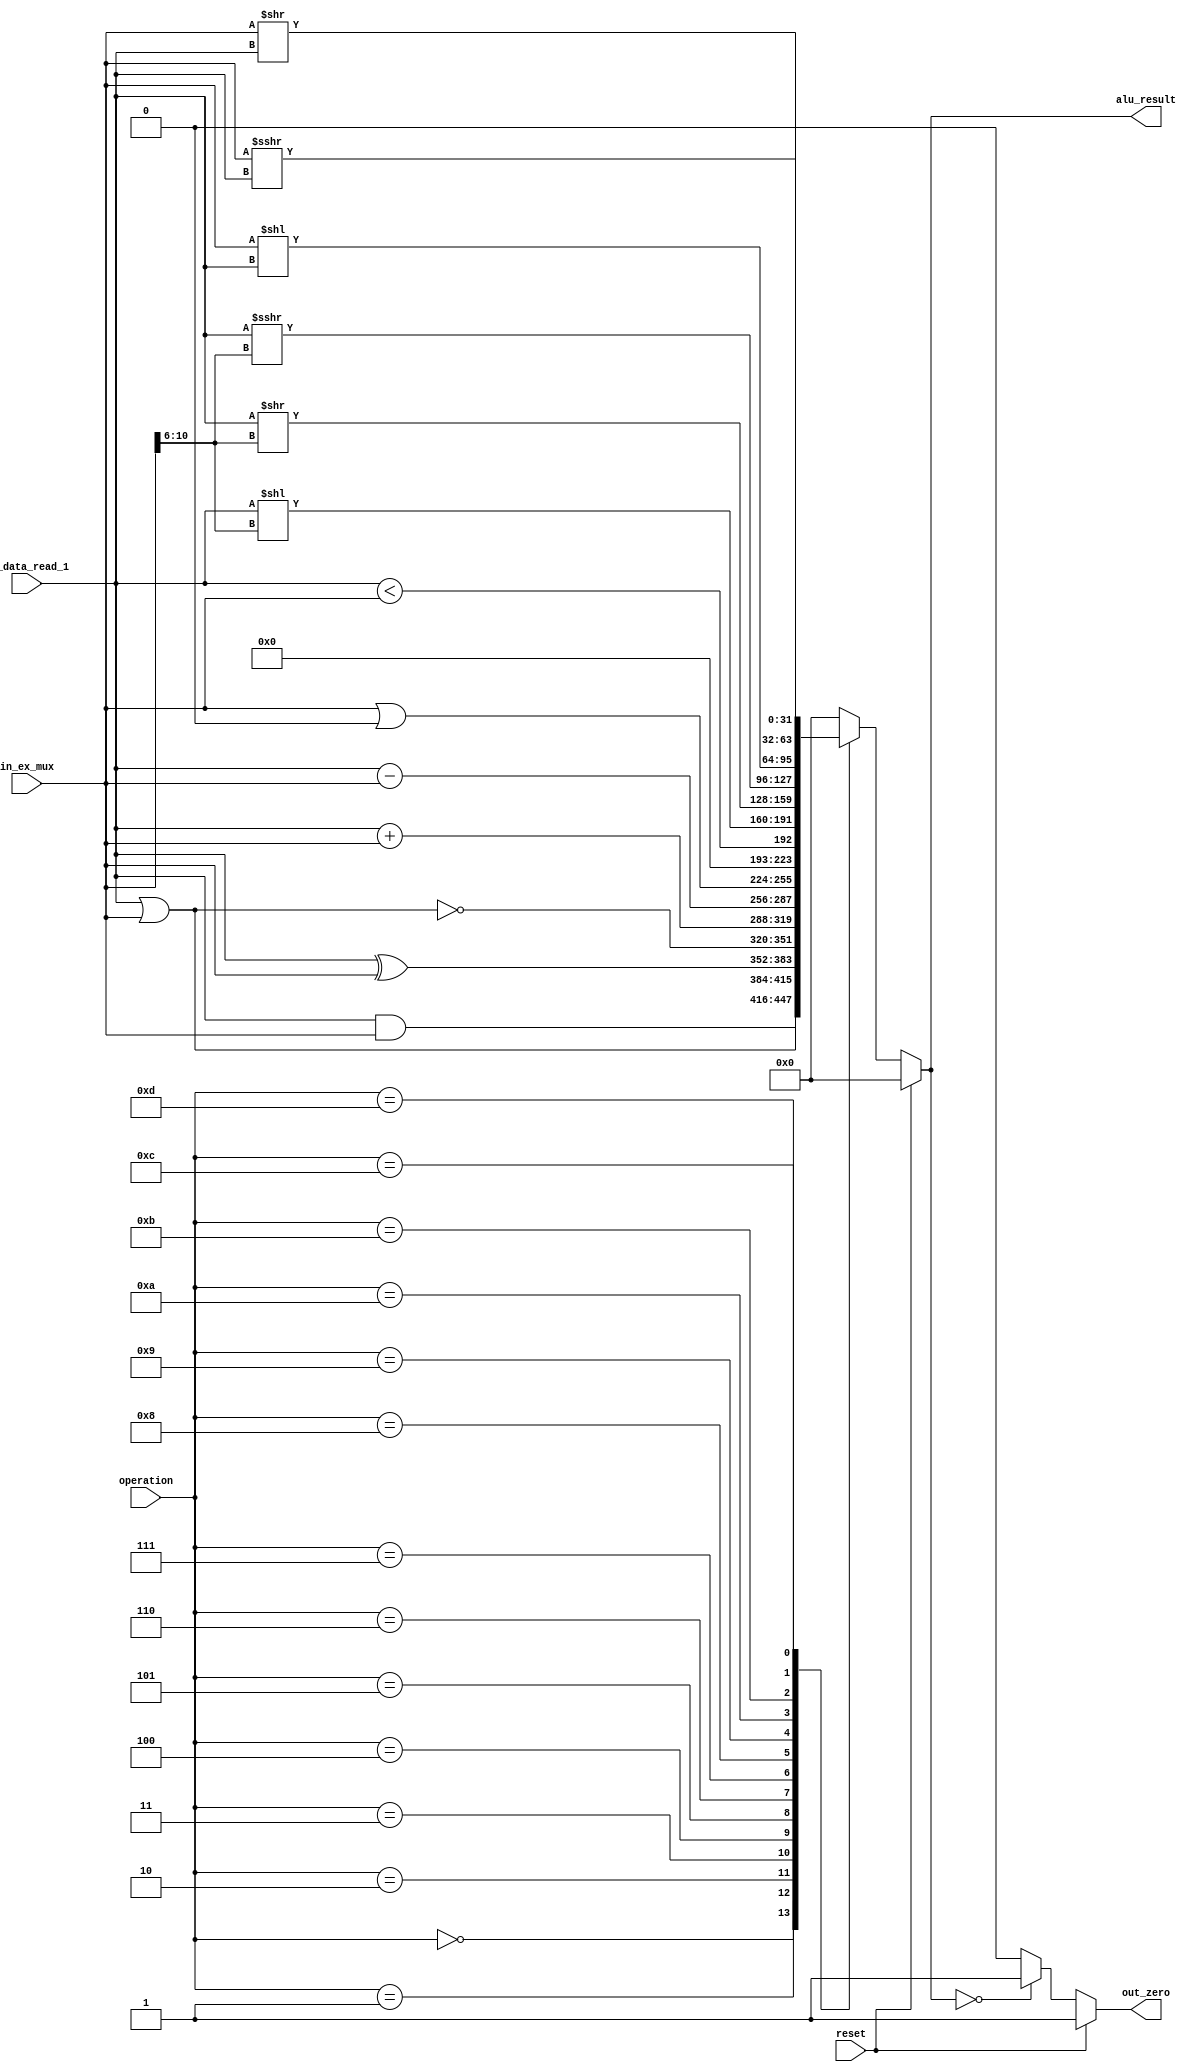
`timescale 1ns / 1ps

module ALU(
    //INPUTS
    input wire reset,
    input wire [31:0] in_data_read_1,
    input wire [31:0] in_ex_mux,
    input wire [3:0] operation,
    //OUTPUTS
    output wire out_zero,
    output wire [31:0] alu_result
    );
    
    reg [31:0] result;
    reg zero;
    
    parameter [3:0] AND =   4'b0000;
    parameter [3:0] OR =    4'b0001;
    parameter [3:0] XOR =   4'b0010;
    parameter [3:0] NOR =   4'b0011;
    parameter [3:0] ADD =   4'b0100;
    parameter [3:0] SUB =   4'b0101;
    parameter [3:0] LUI =   4'b0110;
    parameter [3:0] SLT =   4'b0111;
    parameter [3:0] SLL =   4'b1000;
    parameter [3:0] SRL =   4'b1001;
    parameter [3:0] SRA =   4'b1010;
    parameter [3:0] SLLV =  4'b1011;
    parameter [3:0] SRLV =  4'b1100;
    parameter [3:0] SRAV =  4'b1101;
    
    always @(*) 
        begin
        if (reset == 1)
            begin 
                result <= 0;
                zero <= 1;
            end
        else
            begin
            case(operation)
                    // rs AND rt or rs AND inmediate
                AND:    result <= in_data_read_1 & in_ex_mux;   
                    // rs OR rt or rs OR inmediate
                OR:     result <= in_data_read_1 | in_ex_mux;
                    // rs XOR rt or rs XOR inmediate
                XOR:    result <= in_data_read_1 ^ in_ex_mux;
                    // rs NOR rt
                NOR:    result <= ~(in_data_read_1 | in_ex_mux);
                    // load or store or rs+rt
                ADD:    result <= in_data_read_1 + in_ex_mux;
                    // rs - rt or branch equal   
                SUB:    result <= in_data_read_1 - in_ex_mux;
                    // inmediate || 0^16   
                LUI:    result <= in_ex_mux | 16'b0000_0000_0000_0000;
                    // rs < rt
                SLT:    result <= $signed(in_data_read_1) < $signed(in_ex_mux); 
                SLL:    result <= in_data_read_1 << in_ex_mux[10:6];   
                SRL:    result <= in_data_read_1 >> in_ex_mux[10:6];   
                SRA:    result <= in_data_read_1 >>> in_ex_mux[10:6];  
                SLLV:   result <= in_ex_mux << in_data_read_1;
                SRLV:   result <= in_ex_mux >> in_data_read_1;
                SRAV:   result <= in_ex_mux >>> in_data_read_1;
                default : result <= 0;
            endcase
            
            if(alu_result == 0)
                zero <= 1;
            else
                zero <= 0;
            end
        end
    
    assign alu_result = result;
    assign out_zero = zero;
    
endmodule